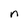
Character: n